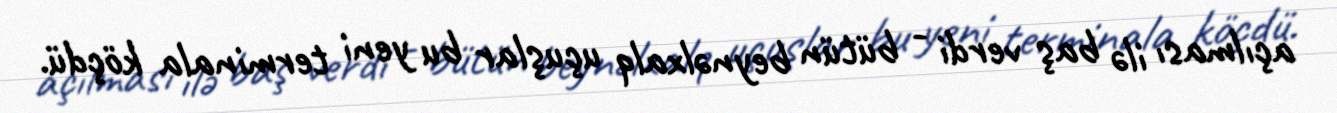
açılması ilə baş verdi - bütün beynəlxalq uçuşlar bu yeni terminala köçdü.